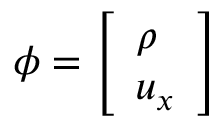
\phi = \left[ \begin{array} { l } { \rho } \\ { u _ { x } } \end{array} \right]